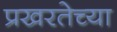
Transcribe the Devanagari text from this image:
प्रखरतेच्या